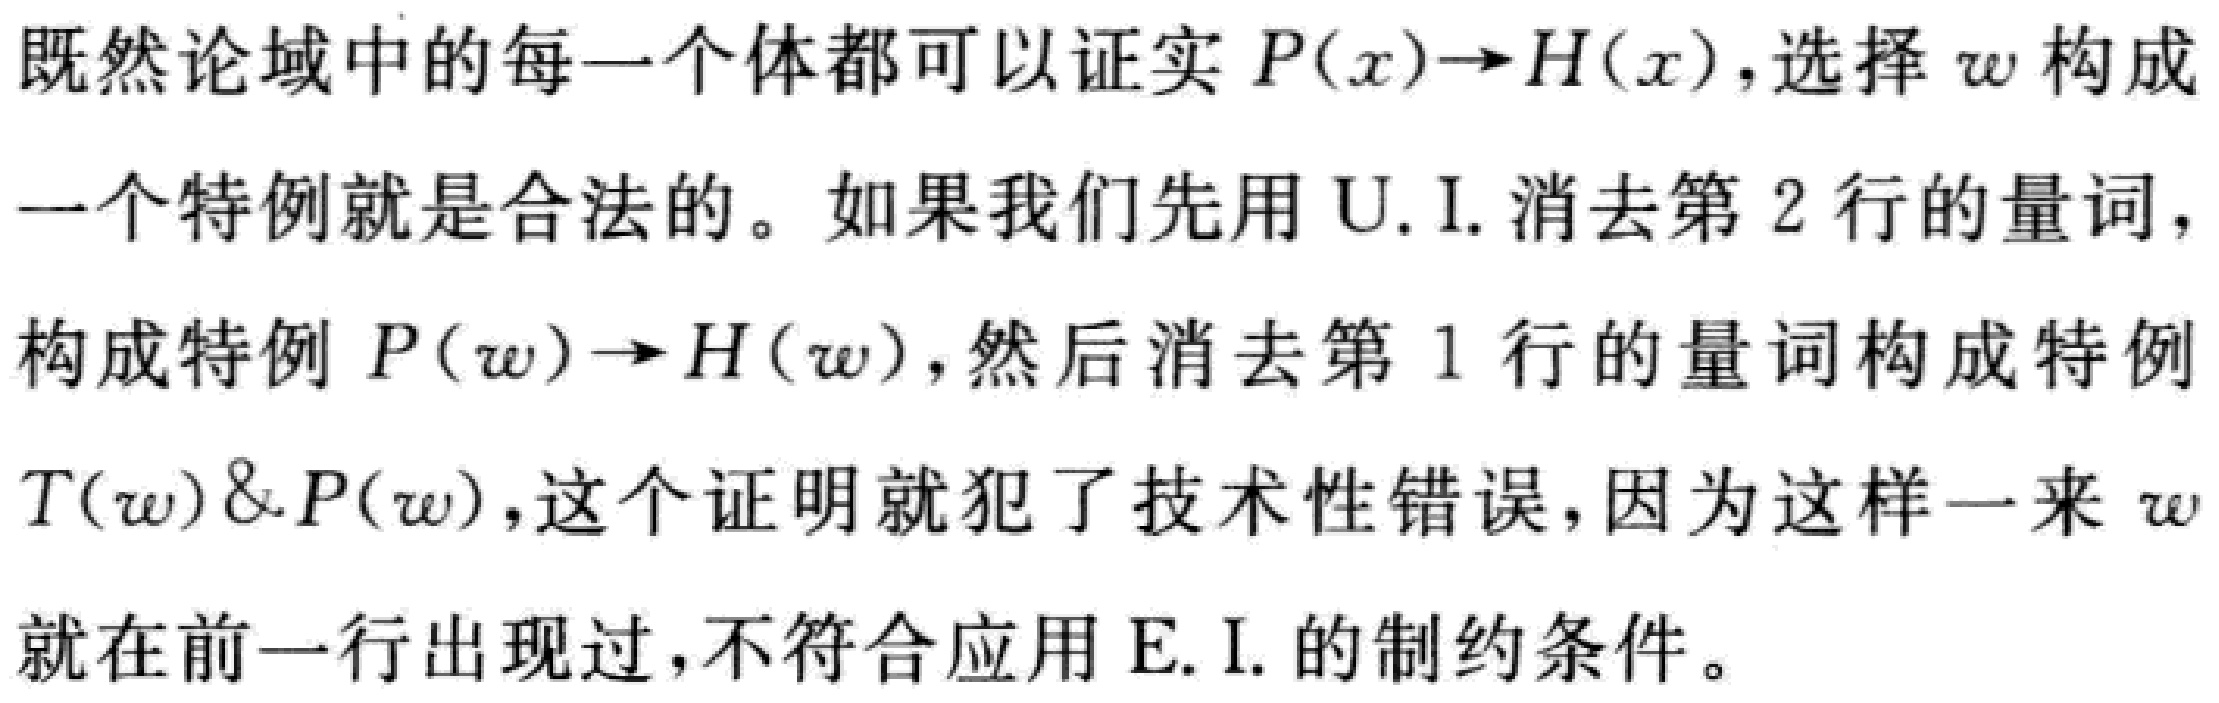
既然论域中的每一个体都可以证实 \(P(x)\to H(x)\)，选择 \(w\) 构成一个特例就是合法的。如果我们先用 U.I. 消去第 2 行的量词，构成特例 \(P(w)\to H(w)\)，然后消去第 1 行的量词构成特例 \(T(w)\&P(w)\)，这个证明就犯了技术性错误，因为这样一来 \(w\) 就在前一行出现过，不符合应用 E.I. 的制约条件。